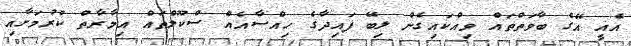
އެއީ އޭގެ ބާވަތްތައް ވިއްކައިގެން ލިބޭ ފައިދާގެ ހިއްސާއެއް ސްކޫލްތައް އިމާރާތް ކުރުމަށާއި